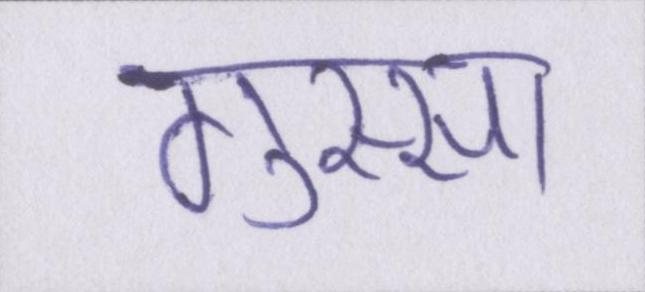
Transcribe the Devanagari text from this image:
गुस्सा